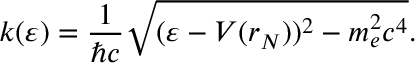
k ( \varepsilon ) = \frac { 1 } { \hbar c } \sqrt { ( \varepsilon - V ( r _ { N } ) ) ^ { 2 } - m _ { e } ^ { 2 } c ^ { 4 } } .